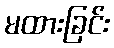
မထားခြင်း